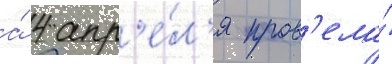
а́ 4 апр'е́л'я пров'ела́